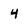
Character: 4